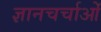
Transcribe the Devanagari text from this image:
ज्ञानचर्चाओं